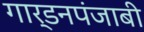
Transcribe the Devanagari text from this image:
गार्डनपंजाबी